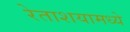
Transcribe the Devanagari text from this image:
रेताशयामध्ये